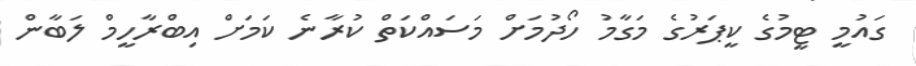
ގައުމީ ޓީމުގެ ކީޕަރުގެ މަގާމު ހޯދުމަށް މަސައްކަތް ކުރާނެ ކަމަށް އިބްރާހީމް ލަބާން